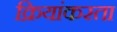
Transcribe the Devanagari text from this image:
क्रियांकरता